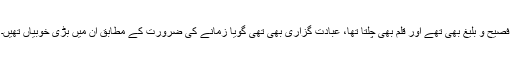
فصیح و بلیغ بھی تھے اور قلم بھی چلتا تھا، عبادت گزاری بھی تھی گویا زمانے کی ضرورت کے مطابق ان میں بڑی خوبیاں تھیں۔